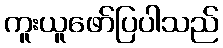
ကူးယူဖော်ပြပါသည်